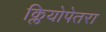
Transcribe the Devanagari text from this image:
क्लियोपेतरा